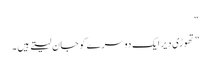
“
” تھوڑی دیر ایک دوسرے کو جان لیتے ہیں ۔